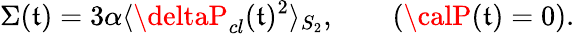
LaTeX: \Sigma(\mathfrak{t})=3\alpha\langle\deltaP_{cl}(\mathfrak{t})^{2}\rangle_{S_{2}},\qquad({\calP}(\mathfrak{t})=0).